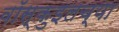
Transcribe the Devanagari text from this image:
वॉस्कुइलच्या